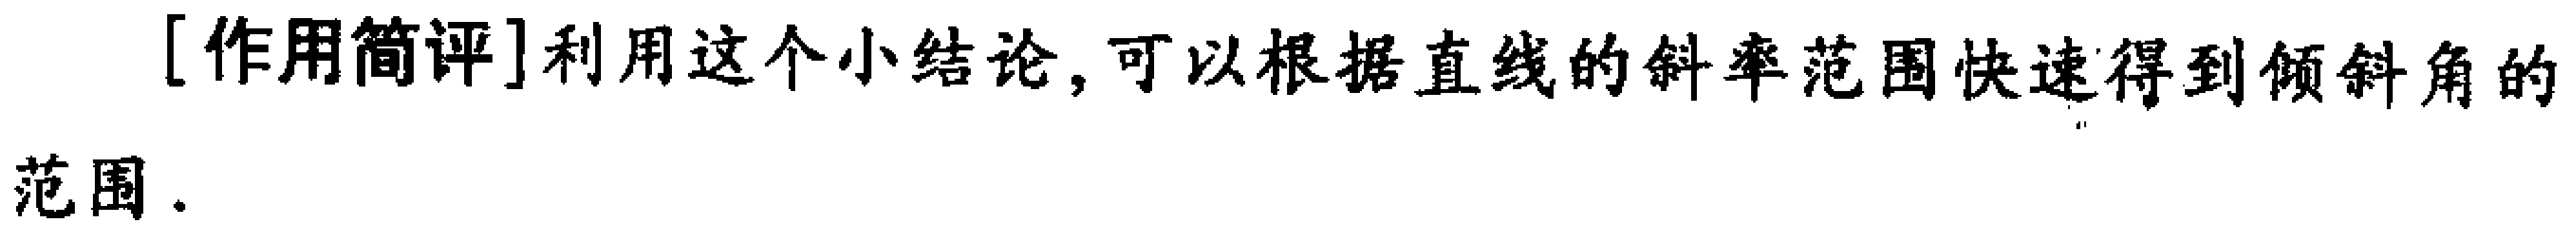
[作用简评]利用这个小结论,可以根据直线的斜率范围快速得到倾斜角的范围.